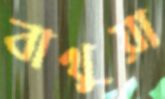
বাথুয়া